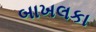
બાખલકા